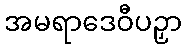
အမရာဒေဝီပဉှာ